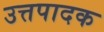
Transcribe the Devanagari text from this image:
उत्तपादक